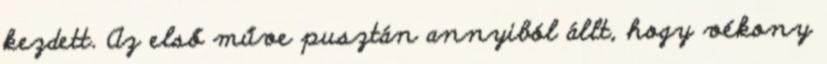
kezdett. Az első műve pusztán annyiból állt, hogy vékony